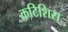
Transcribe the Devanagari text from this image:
कटिशिरा